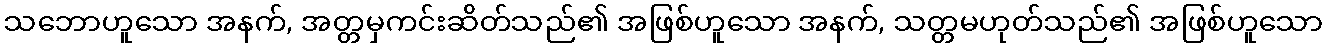
သဘောဟူသော အနက်, အတ္တမှကင်းဆိတ်သည်၏ အဖြစ်ဟူသော အနက်, သတ္တမဟုတ်သည်၏ အဖြစ်ဟူသော